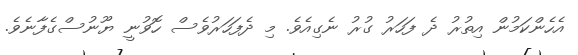
އެހެންކަމުން އިތުރު ދެ ފަހަރު ގުރު ނެގިއެވެ. މި ދެފަހަރުވެސް ހޮވުނީ ޔޫނުސްގެފާނެވެ.